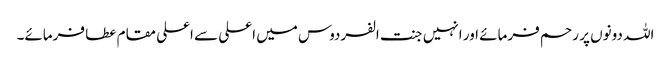
اللہ دونوں پر رحم فرمائے اور انہیں جنت الفردوس میں اعلی سے اعلی مقام عطا فرمائے۔